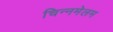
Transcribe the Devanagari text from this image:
चिन्नमेलम